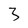
Character: 3